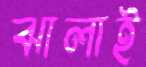
ঝালাই